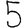
Digit: 5